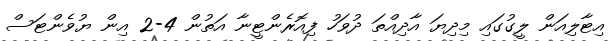
އިޓާލިއަން ލީގުގައި މިދިޔަ އާދިއްތަ ދުވަހު ފިއޮރެންޓީނާ އަތުން 4-2 އިން ޔުވެންޓަސް